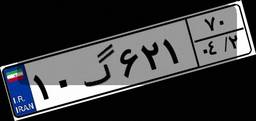
۱۸گ۹۵۵۳۸